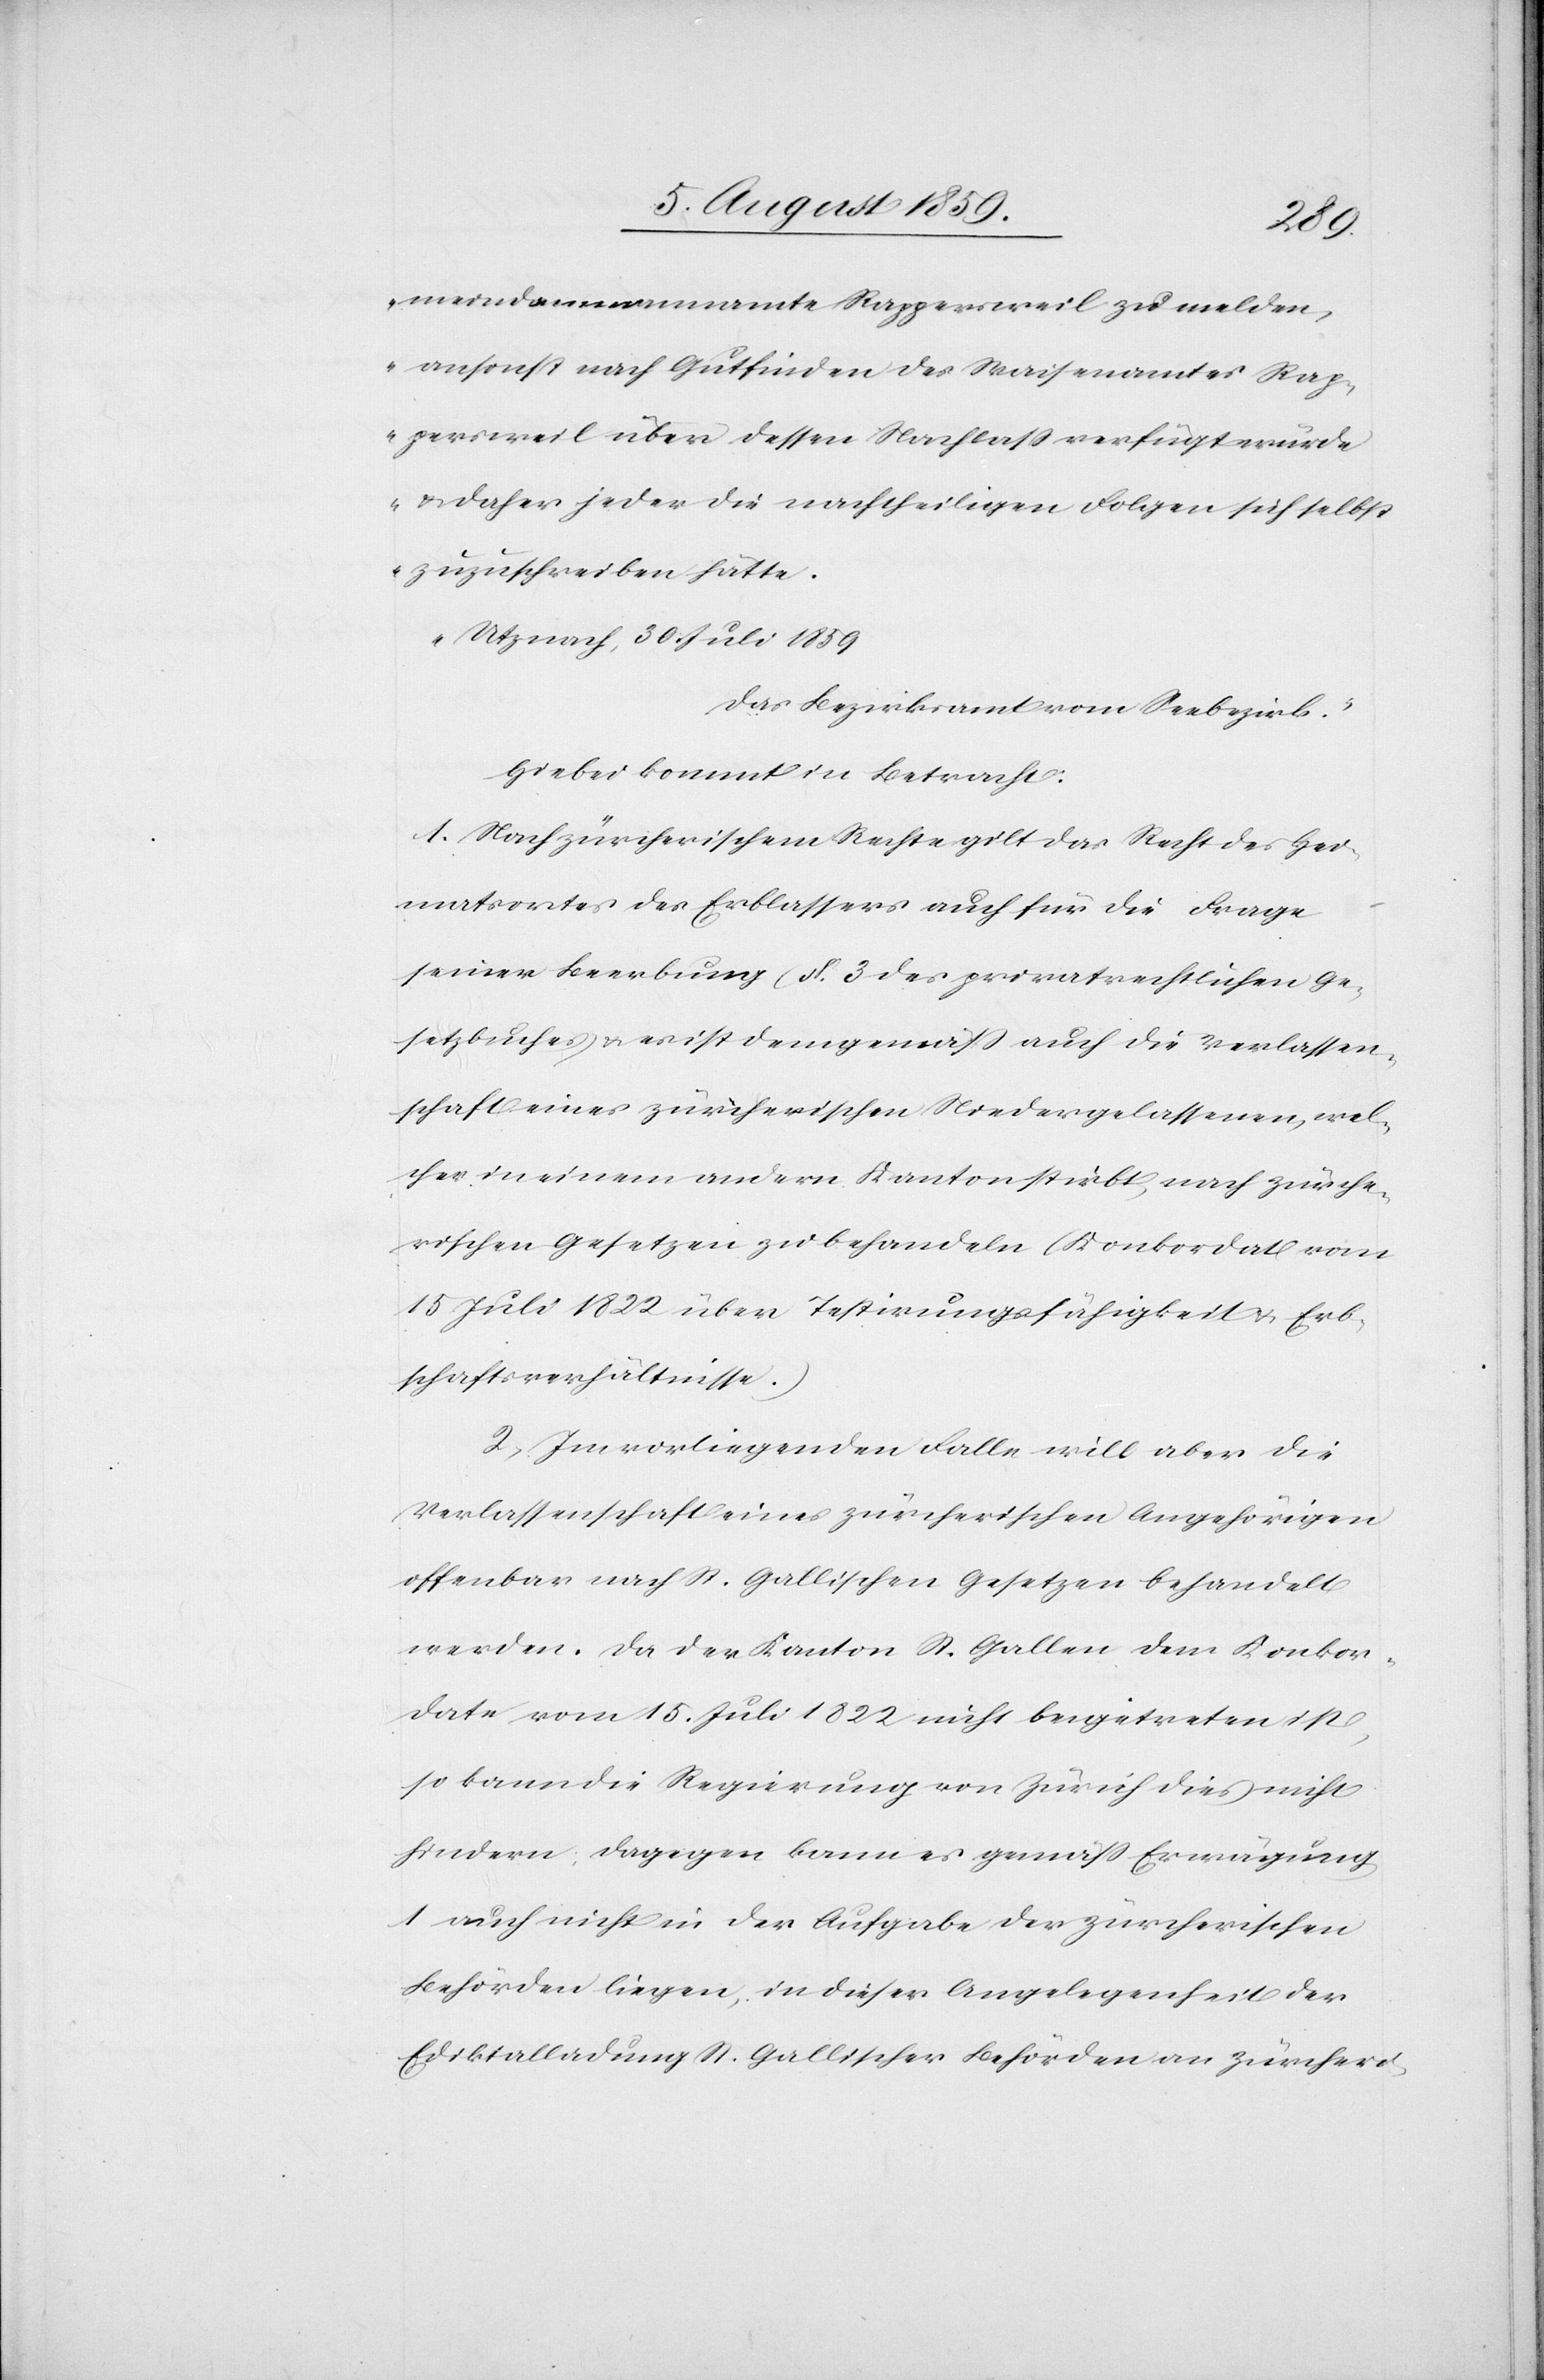
meindammannamte Rappersweil zu melden,
ansonst nach Gutfinden des Waisenamtes Rap¬
persweil über dessen Nachlaß verfügt würde
u. daher jeder die nachtheiligen Folgen sich selbst
zuzuschreiben hätte.
Utznach, 30. Juli 1859
Das Bezirksamt vom Seebezirk.“
Hiebei kommt in Betracht:
1. Nach zürcherischem Rechte gilt das Recht des Hei¬
matsortes des Erblassers auch für die Frage
seiner Beerbung (§. 3 des privatrechtlichen Ge¬
setzbuches u. es ist demgemäß auch die Verlassen¬
schaft eines zürcherischen Niedergelassenen, wel¬
cher in einem andern Kanton stirbt, nach zürche¬
rischen Gesetzen zu behandeln (Konkordat vom
15 Juli 1822 über Testirungsfähigkeit u. Erb¬
schaftsverhältnisse.)
2. Im vorliegenden Falle will aber die
Verlassenschaft eines zürcherischen Angehörigen
offenbar nach St. Gallischen Gesetzen behandelt
werden. Da der Kanton St. Gallen dem Konkor¬
date vom 15. Juli 1822 nicht beigetreten ist,
so kann die Regierung von Zürich dies nicht
hindern, dagegen kann es gemäß Erwägung
1 auch nicht in der Aufgabe der zürcherischen
Behörden liegen, in dieser Angelegenheit der
Ediktalladung St. Gallischer Behörden an zürcheri-